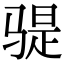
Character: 𫘨